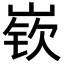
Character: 嵚